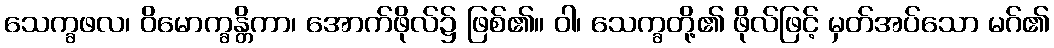
သေက္ခဖလ၊ ဝိမောက္ခန္တိကာ၊ အောက်ဖိုလ်၌ ဖြစ်၏။ ဝါ၊ သေက္ခတို့၏ ဖိုလ်ဖြင့် မှတ်အပ်သော မဂ်၏